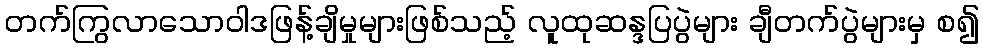
တက်ကြွလာသောဝါဒဖြန့်ချိမှုများဖြစ်သည့် လူထုဆန္ဒပြပွဲများ ချီတက်ပွဲများမှ စ၍